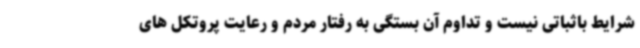
شرایط باثباتی نیست و تداوم آن بستگی به رفتار مردم و رعایت پروتکل های